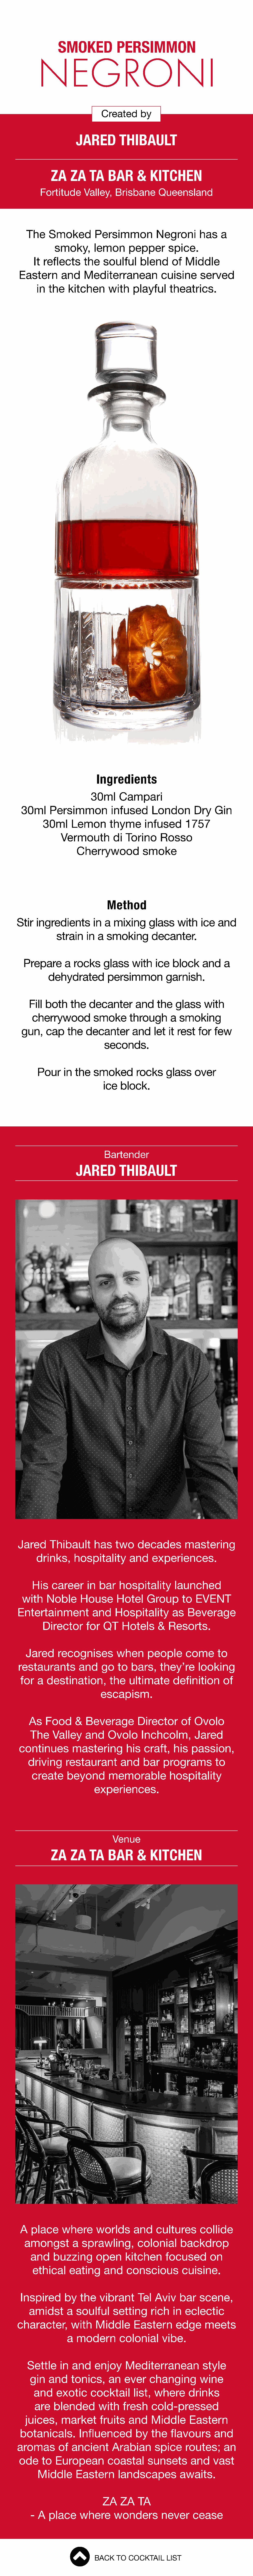
SMOKED             PERSIMMON
 NEGRONI
 Created      by
 JARED         THIBAULT
 ZA     ZA    TA    BAR       &   KITCHEN
 Fortitude     Valley,   Brisbane      Queensland
 The    Smoked         Persimmon           Negroni       has    a
 smoky,      lemon       pepper       spice.
 It reflects     the   soulful     blend      of  Middle
 Eastern       and    Mediterranean            cuisine      served
 in  the   kitchen      with    playful     theatrics.
 Ingredients
 30ml      Campari
 30ml     Persimmon           infused      London        Dry    Gin
 30ml     Lemon        thyme      infused      1757
 Vermouth         di  Torino     Rosso
 Cherrywood           smoke
 Method
 Stir   ingredients       in  a  mixing     glass     with   ice   and
 strain    in  a  smoking       decanter.
 Prepare      a  rocks     glass    with   ice   block     and    a
 dehydrated         persimmon          garnish.
 Fill  both    the   decanter       and    the   glass    with
 cherrywood          smoke       through      a  smoking
 gun,    cap    the   decanter       and    let  it rest  for   few
 seconds.
 Pour     in the   smoked        rocks     glass    over
 ice   block.
 Bartender
 JARED         THIBAULT
 Jared     Thibault      has    two     decades        mastering
 drinks,     hospitality       and    experiences.
 His    career     in  bar    hospitality       launched
 with    Noble      House       Hotel     Group      to  EVENT
 Entertainment           and    Hospitality        as   Beverage
 Director      for  QT    Hotels      &   Resorts.
 Jared      recognises         when      people      come       to
 restaurants         and    go   to   bars,    they’re     looking
 for  a  destination,         the   ultimate      definition      of
 escapism.
 As    Food     &   Beverage         Director      of  Ovolo
 The    Valley     and    Ovolo      Inchcolm,        Jared
 continues        mastering         his   craft,   his   passion,
 driving     restaurant        and    bar    programs         to
 create      beyond       memorable           hospitality
 experiences.
 Venue
 ZA     ZA    TA    BAR       &   KITCHEN
 A  place     where      worlds      and     cultures      collide
 amongst        a   sprawling,        colonial     backdrop
 and    buzzing       open      kitchen      focused       on
 ethical    eating      and    conscious         cuisine.
 Inspired      by   the   vibrant      Tel  Aviv    bar    scene,
 amidst       a  soulful     setting     rich   in  eclectic
 character,       with    Middle      Eastern       edge     meets
 a  modern        colonial      vibe.
 Settle    in  and     enjoy     Mediterranean            style
 gin   and    tonics,     an   ever    changing         wine
 and    exotic     cocktail      list,  where      drinks
 are   blended        with    fresh    cold-pressed
 juices,     market      fruits    and    Middle      Eastern
 botanicals.         Influenced        by   the   flavours      and
 aromas       of  ancient      Arabian       spice     routes;      an
 ode     to  European         coastal      sunsets       and    vast
 Middle       Eastern      landscapes          awaits.
 ZA    ZA    TA
 - A   place     where      wonders        never      cease
 BACK   TO  COCKTAIL    LIST